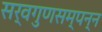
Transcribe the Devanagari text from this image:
सर्वगुणसम्पन्न